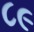
૮૯